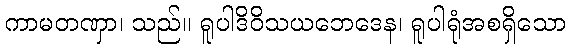
ကာမတဏှာ၊ သည်။ ရူပါဒိဝိသယဘေဒေန၊ ရူပါရုံအစရှိသော